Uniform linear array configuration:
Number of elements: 48
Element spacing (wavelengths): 0.75
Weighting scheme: uniform
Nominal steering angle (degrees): -45
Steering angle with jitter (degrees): -43.709
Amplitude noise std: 0.05
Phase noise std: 0.05

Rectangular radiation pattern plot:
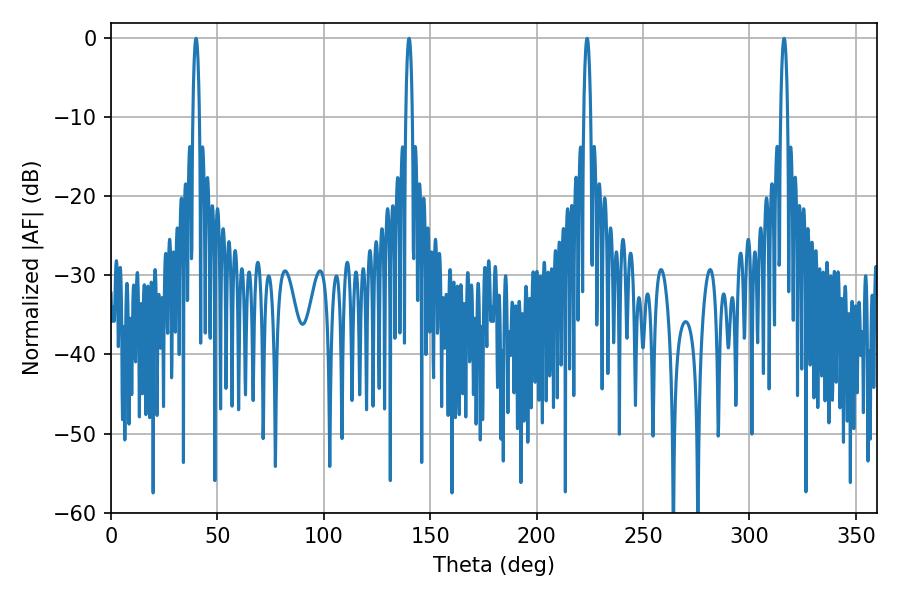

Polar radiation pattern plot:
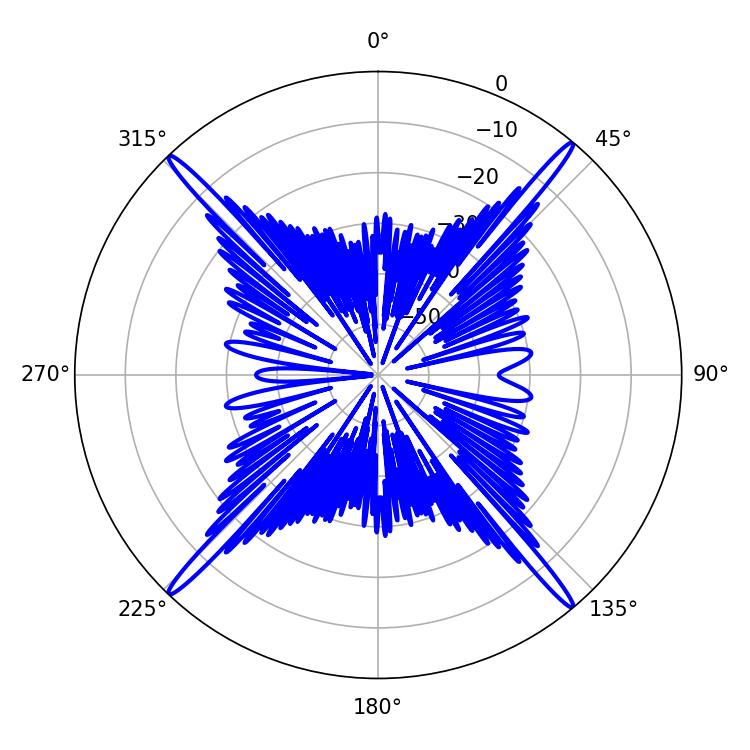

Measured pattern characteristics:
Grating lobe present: TRUE
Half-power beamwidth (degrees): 1.8
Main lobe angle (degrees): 140.04